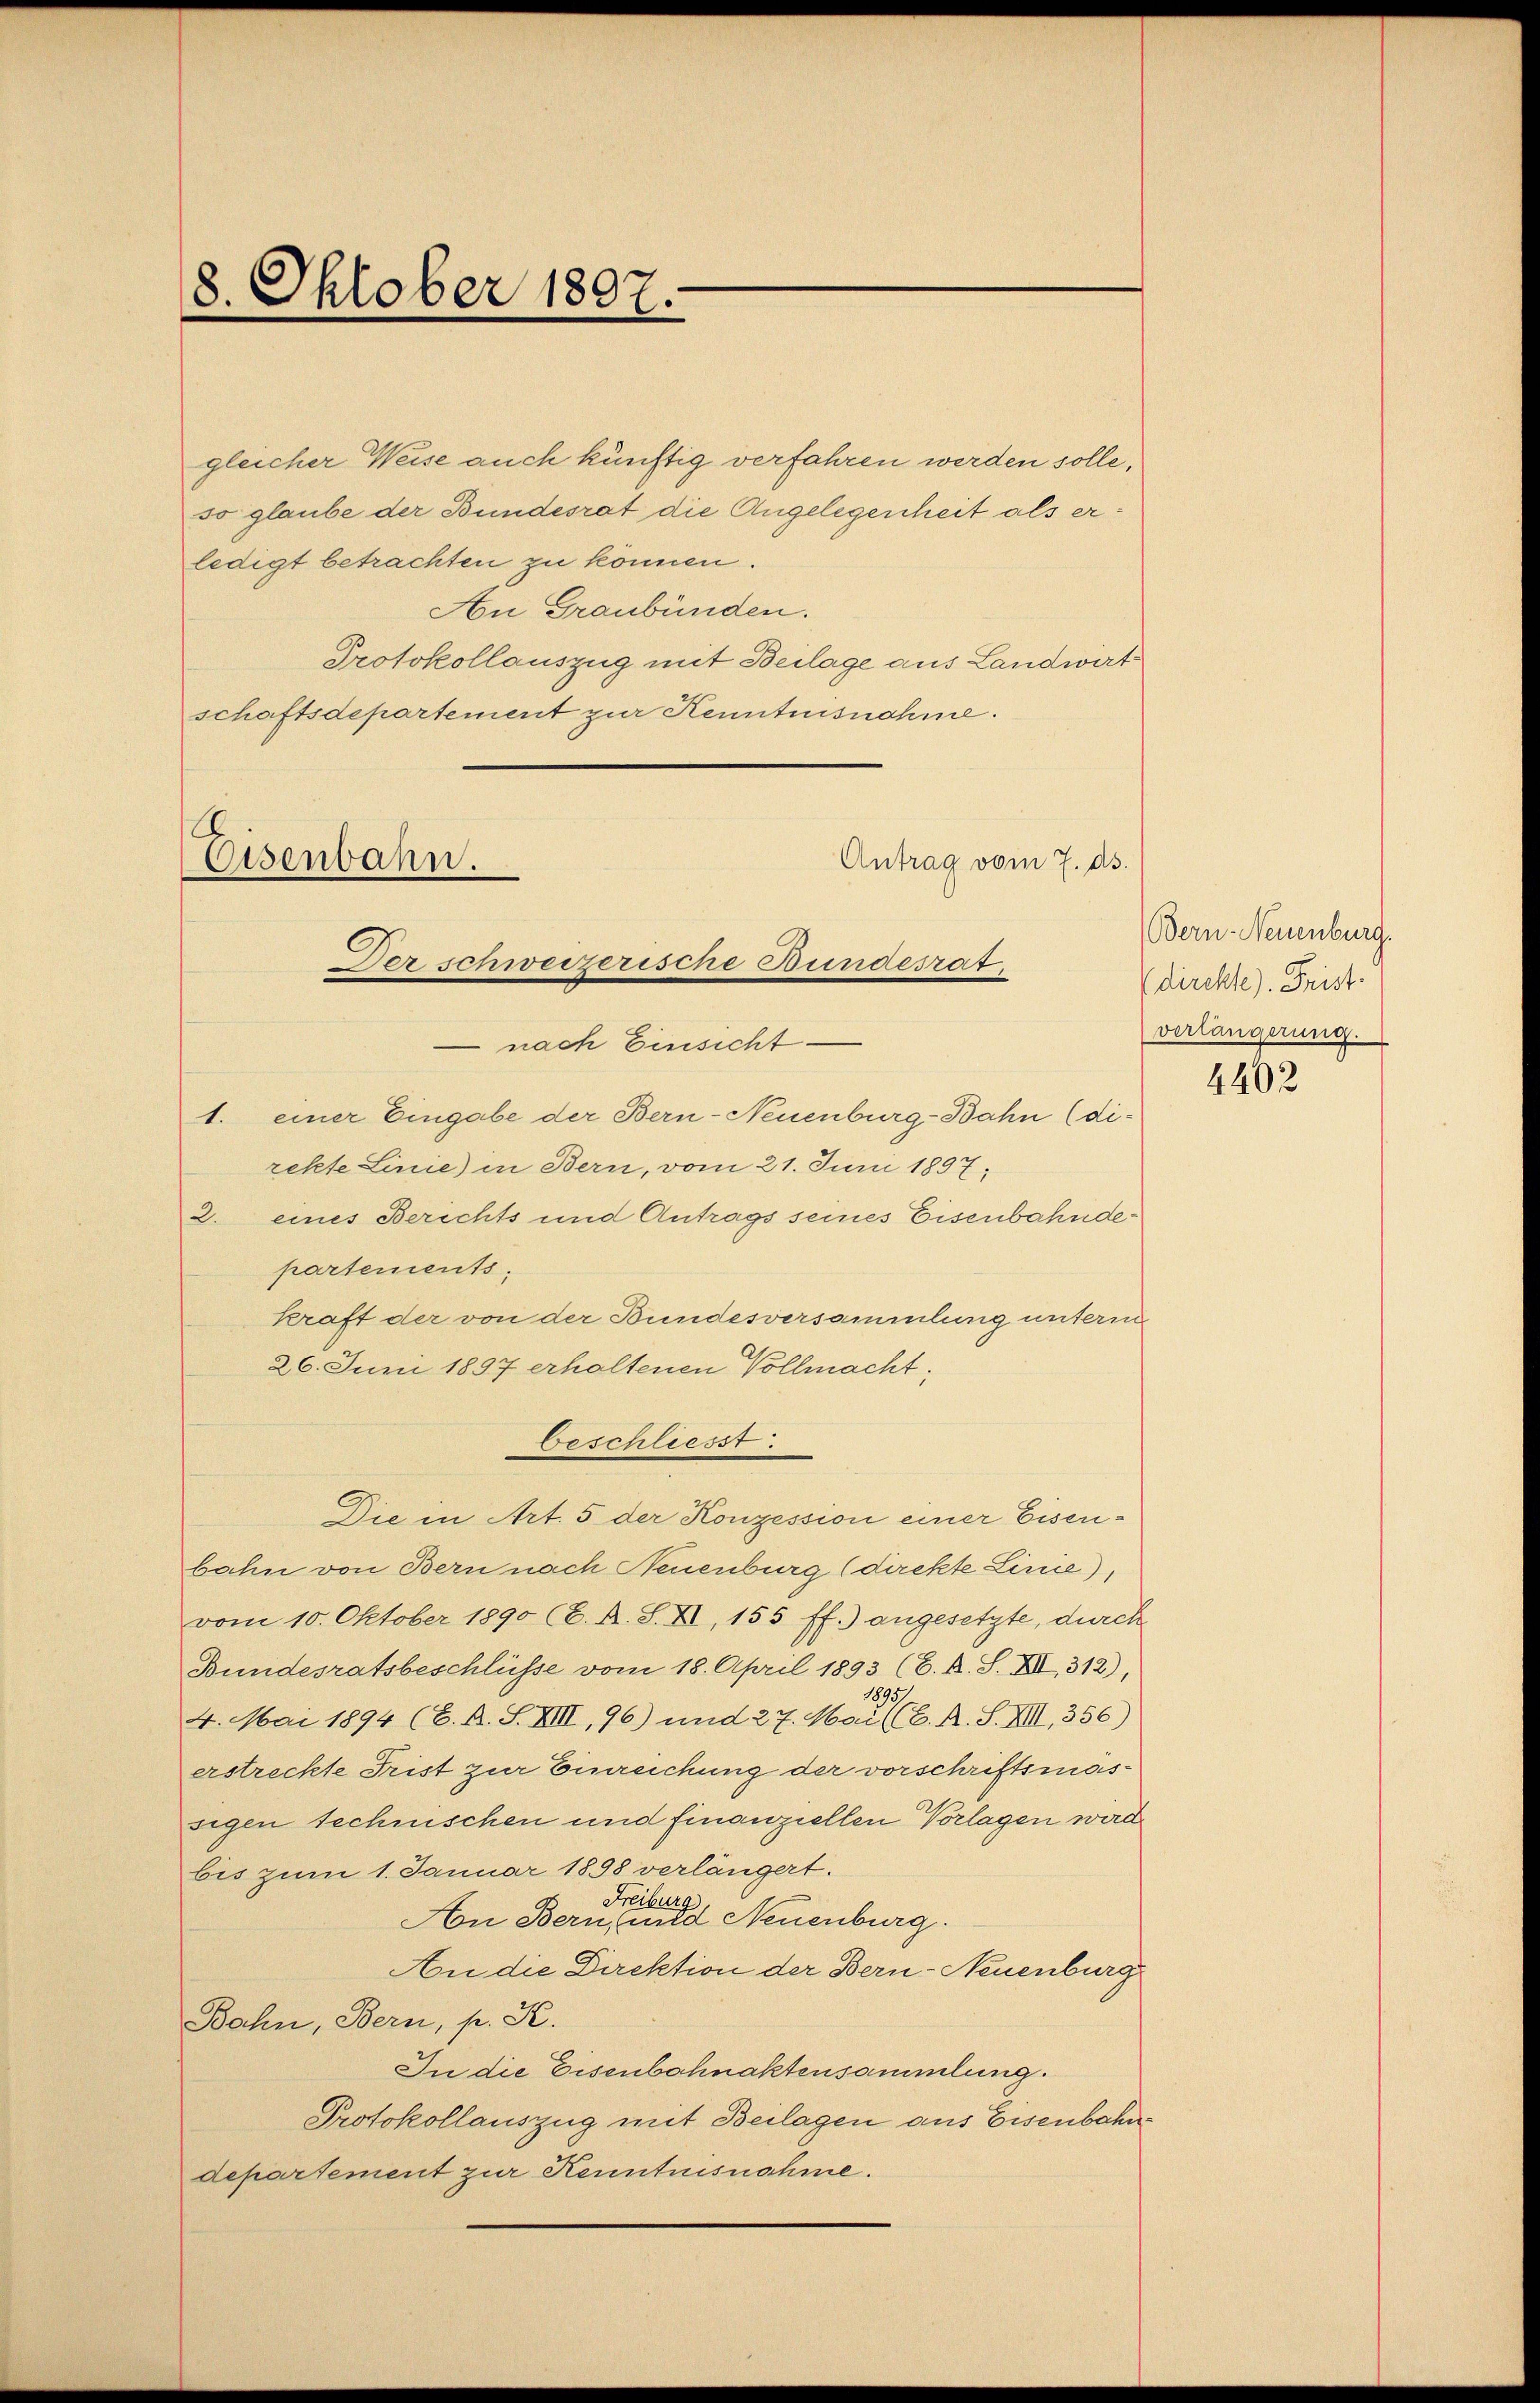
8. Oktober 1807.

gleicher Weise auch künftig verfahren werden solle,
so glaube der Bundesrat die Angelegenheit als erledigt betrachten zu können.
An Graubünden.
Protokollauszug mit Beilage aus Landwirtschaftsdepartement zur Kenntnisnahme.

Antrag vom 7. d.
Eisenbahn.
Der schweizerische Bundesrat,

nach Einsicht
1. einer Eingabe der Bern-Neuenburg-Bahn (di-
rekte Linie) in Bern, vom 21. Juni 1897;
2. eines Berichts und Antrags seines Eisenbahndepartements.
kraft der von der Bundesversammlung unterm
26. Juni 1897 erhaltenen Vollmacht;
beschliesst:
Die in Art. 5 der Konzession einer Eisenbahn von Bern nach Neuenburg (direkte Linie),
vom 10. Oktober 1890 (C. A. S. XI, 155 ff.) angesetzte, durch
Bundesratsbeschlüsse vom 18. April 1893 (C. R. S. XIII 312),
1895)
4. Mai 1894 (C. A. S. XIII, 96) und 27. Mai (CC. A. S. XIII, 356)
erstreckte Frist zur Einreichung der vorschriftsmassigen technischen und finanziellen Vorlagen wird
bis zum 1. Januar 1898 verlängert.
Freiburg
An Bern, und Neuenburg.
An die Direktion der Bern-Neuenburg
Bahn, Bern, p. K.
In die Eisenbahnaktensammlung.
Protokollauszug mit Beilagen aus Eisenbahndepartement zur Kenntnisnahme.

Bern Neuenburg.
direkte). Frist.
verlängerung.

4402